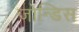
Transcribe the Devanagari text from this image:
जोन्डिस